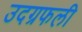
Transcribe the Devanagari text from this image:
उदग्रफली